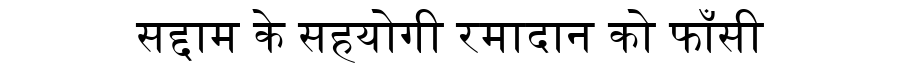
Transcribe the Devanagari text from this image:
सद्दाम के सहयोगी रमादान को फाँसी